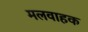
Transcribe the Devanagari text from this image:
मलवाहक